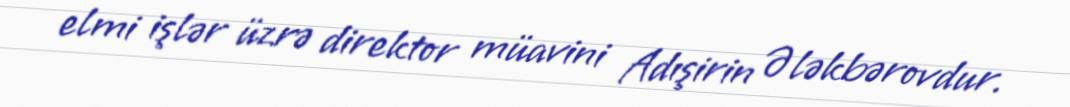
elmi işlər üzrə direktor müavini Adışirin Ələkbərovdur.